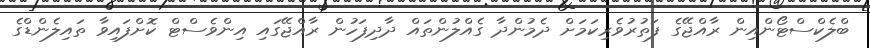
ބްލެކްސްޓޯންއިން ރާއްޖޭގެ ފަތުރުވެރިކަމަށް ދެމުންދާ ގެއްލުންތައް ދާދިފަހުން ރާއްޖޭގައި އިންވެސްޓް ކޮށްފައިވާ ތައިލެންޑްގެ